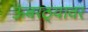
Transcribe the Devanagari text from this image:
ऊंबरठ्यावर